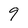
Character: 9